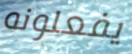
يفعلونه